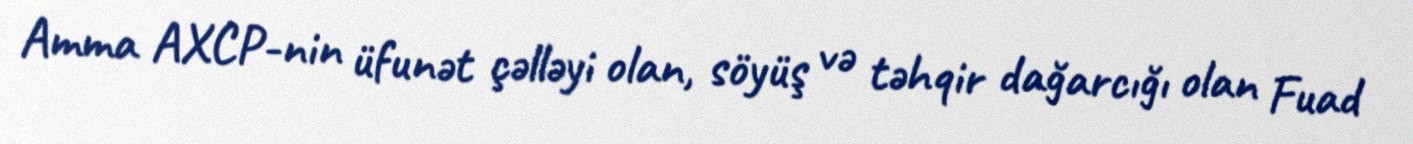
Amma AXCP-nin üfunət çəlləyi olan, söyüş və təhqir dağarcığı olan Fuad